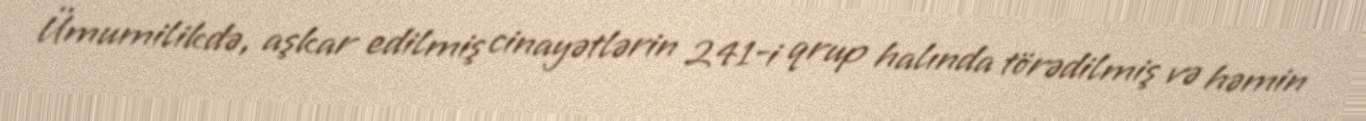
Ümumilikdə, aşkar edilmiş cinayətlərin 241-i qrup halında törədilmiş və həmin